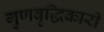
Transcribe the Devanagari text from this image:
गुणवृद्धिकारी